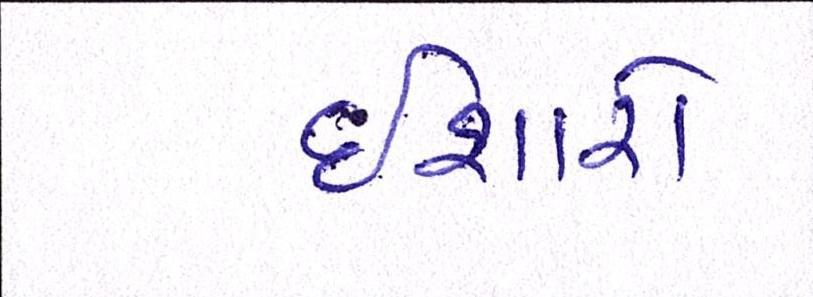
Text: ઈશારો